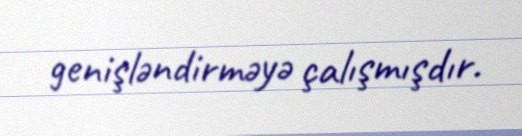
genişləndirməyə çalışmışdır.